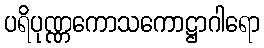
ပရိပုဏ္ဏကောသကောဋ္ဌာဂါရော